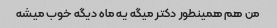
من هم همینطور دکتر میگه یه ماه دیگه خوب میشه